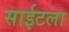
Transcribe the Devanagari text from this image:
साईटला